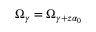
\mathcal { \Omega } _ { \gamma } = \mathcal { \Omega } _ { \gamma + z \alpha _ { 0 } }